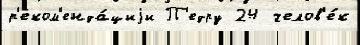
р'еком'енда́циjи П'едру 24 челов'е́к